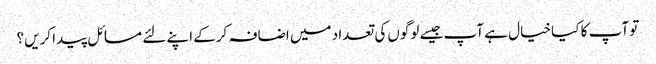
تو آپ کا کیا خیال ہے آپ جیسے لوگوں‌کی تعداد میں اضافہ کرکے اپنے لئے مسائل پیدا کریں؟